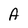
Character: A